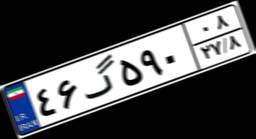
۹۳گ۵۱۱۷۲